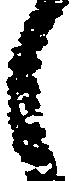
之